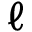
\ell